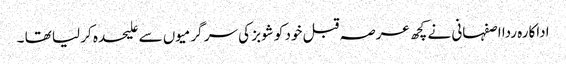
اداکارہ ردا اصفہانی نے کچھ عرصہ قبل خود کو شوبز کی سر گرمیوں سے علیحدہ کر لیا تھا ۔